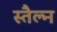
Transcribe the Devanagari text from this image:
स्तैल्न